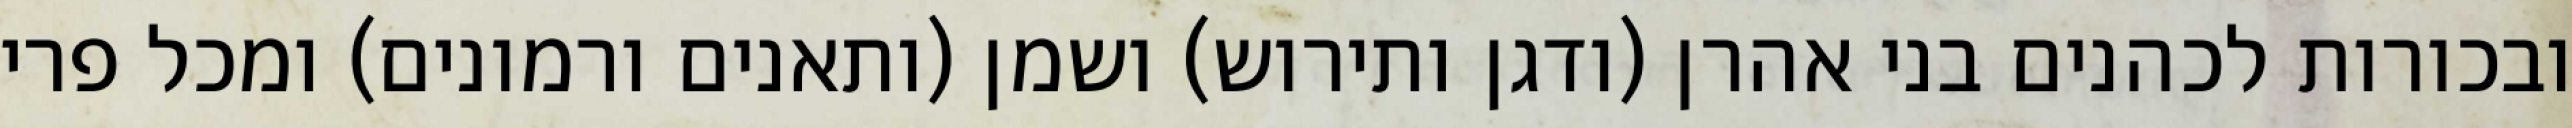
ובכורות לכהנים בני אהרן (ודגן ותירוש) ושמן (ותאנים ורמונים) ומכל פרי